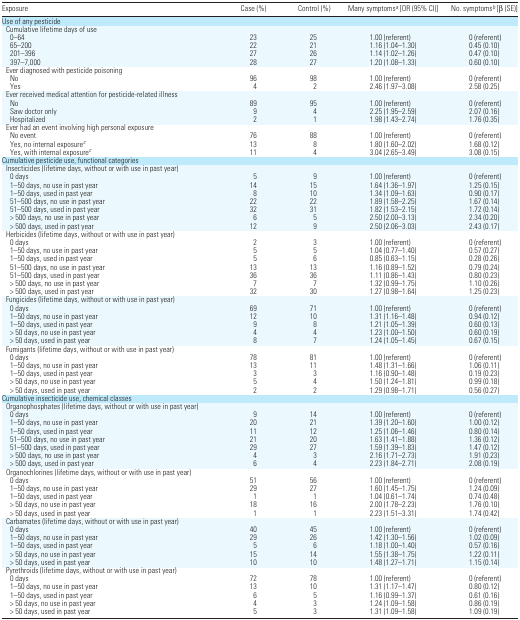
<table><thead><tr><td><b>Exposure</b></td><td><b>Case (%)</b></td><td><b>Control (%)</b></td><td><b>Many symptoms<i><sup>a</sup></i> [OR (95% CI)]</b></td><td><b>No. symptoms<i><sup>b</sup></i> [β(SE)]</b></td></tr></thead><tbody><tr><td colspan="5">Use of any pesticide</td></tr><tr><td colspan="5"> Cumulative lifetime days of use</td></tr><tr><td>0–64</td><td>23</td><td>25</td><td>1.00 (referent)</td><td>0 (referent)</td></tr><tr><td>65–200</td><td>22</td><td>21</td><td>1.16 (1.04–1.30)</td><td>0.45 (0.10)</td></tr><tr><td>201–396</td><td>27</td><td>26</td><td>1.14 (1.02–1.26)</td><td>0.47 (0.10)</td></tr><tr><td>397–7,000</td><td>28</td><td>27</td><td>1.20 (1.08–1.33)</td><td>0.60 (0.10)</td></tr><tr><td colspan="5"> Ever diagnosed with pesticide poisoning</td></tr><tr><td>No</td><td>96</td><td>98</td><td>1.00 (referent)</td><td>0 (referent)</td></tr><tr><td>Yes</td><td>4</td><td>2</td><td>2.46 (1.97–3.08)</td><td>2.58 (0.25)</td></tr><tr><td colspan="5"> Ever received medical attention for pesticide-related illness</td></tr><tr><td>No</td><td>89</td><td>95</td><td>1.00 (referent)</td><td>0 (referent)</td></tr><tr><td>Saw doctor only</td><td>9</td><td>4</td><td>2.25 (1.95–2.59)</td><td>2.07 (0.16)</td></tr><tr><td>Hospitalized</td><td>2</td><td>1</td><td>1.98 (1.43–2.74)</td><td>1.76 (0.35)</td></tr><tr><td colspan="5"> Ever had an event involving high personal exposure</td></tr><tr><td>No event</td><td>76</td><td>88</td><td>1.00 (referent)</td><td>0 (referent)</td></tr><tr><td>Yes, no internal exposure<i><sup>c</sup></i></td><td>13</td><td>8</td><td>1.80 (1.60–2.02)</td><td>1.68 (0.12)</td></tr><tr><td>Yes, with internal exposure<i><sup>c</sup></i></td><td>11</td><td>4</td><td>3.04 (2.65–3.49)</td><td>3.08 (0.15)</td></tr><tr><td colspan="5">Cumulative pesticide use, functional categories</td></tr><tr><td colspan="5"> Insecticides (lifetime days, without or with use in past year)</td></tr><tr><td>0 days</td><td>5</td><td>9</td><td>1.00 (referent)</td><td>0 (referent)</td></tr><tr><td>1–50 days, no use in past year</td><td>14</td><td>15</td><td>1.64 (1.36–1.97)</td><td>1.25 (0.15)</td></tr><tr><td>1–50 days, used in past year</td><td>8</td><td>10</td><td>1.34 (1.09–1.63)</td><td>0.90 (0.17)</td></tr><tr><td>51–500 days, no use in past year</td><td>22</td><td>22</td><td>1.89 (1.58–2.25)</td><td>1.67 (0.14)</td></tr><tr><td>51–500 days, used in past year</td><td>32</td><td>31</td><td>1.82 (1.53–2.15)</td><td>1.72 (0.14)</td></tr><tr><td>&gt; 500 days, no use in past year</td><td>6</td><td>5</td><td>2.50 (2.00–3.13)</td><td>2.34 (0.20)</td></tr><tr><td>&gt; 500 days, used in past year</td><td>12</td><td>9</td><td>2.50 (2.06–3.03)</td><td>2.43 (0.17)</td></tr><tr><td colspan="5"> Herbicides (lifetime days, without or with use in past year)</td></tr><tr><td>0 days</td><td>2</td><td>3</td><td>1.00 (referent)</td><td>0 (referent)</td></tr><tr><td>1–50 days, no use in past year</td><td>5</td><td>5</td><td>1.04 (0.77–1.40)</td><td>0.57 (0.27)</td></tr><tr><td>1–50 days, used in past year</td><td>5</td><td>6</td><td>0.85 (0.63–1.15)</td><td>0.28 (0.26)</td></tr><tr><td>51–500 days, no use in past year</td><td>13</td><td>13</td><td>1.16 (0.89–1.52)</td><td>0.79 (0.24)</td></tr><tr><td>51–500 days, used in past year</td><td>36</td><td>36</td><td>1.11 (0.86–1.43)</td><td>0.80 (0.23)</td></tr><tr><td>&gt; 500 days, no use in past year</td><td>7</td><td>7</td><td>1.32 (0.99–1.75)</td><td>1.10 (0.26)</td></tr><tr><td>&gt; 500 days, used in past year</td><td>32</td><td>30</td><td>1.27 (0.98–1.64)</td><td>1.25 (0.23)</td></tr><tr><td colspan="5"> Fungicides (lifetime days, without or with use in past year)</td></tr><tr><td>0 days</td><td>69</td><td>71</td><td>1.00 (referent)</td><td>0 (referent)</td></tr><tr><td>1–50 days, no use in past year</td><td>12</td><td>10</td><td>1.31 (1.16–1.48)</td><td>0.94 (0.12)</td></tr><tr><td>1–50 days, used in past year</td><td>9</td><td>8</td><td>1.21 (1.05–1.39)</td><td>0.60 (0.13)</td></tr><tr><td>&gt; 50 days, no use in past year</td><td>4</td><td>4</td><td>1.23 (1.00–1.50)</td><td>0.60 (0.19)</td></tr><tr><td>&gt; 50 days, used in past year</td><td>8</td><td>7</td><td>1.24 (1.05–1.45)</td><td>0.67 (0.15)</td></tr><tr><td colspan="5"> Fumigants (lifetime days, without or with use in past year)</td></tr><tr><td>0 days</td><td>78</td><td>81</td><td>1.00 (referent)</td><td>0 (referent)</td></tr><tr><td>1–50 days, no use in past year</td><td>13</td><td>11</td><td>1.48 (1.31–1.66)</td><td>1.06 (0.11)</td></tr><tr><td>1–50 days, used in past year</td><td>3</td><td>3</td><td>1.16 (0.90–1.48)</td><td>0.19 (0.23)</td></tr><tr><td>&gt; 50 days, no use in past year</td><td>5</td><td>4</td><td>1.50 (1.24–1.81)</td><td>0.99 (0.18)</td></tr><tr><td>&gt; 50 days, used in past year</td><td>2</td><td>2</td><td>1.29 (0.98–1.71)</td><td>0.56 (0.27)</td></tr><tr><td colspan="5">Cumulative insecticide use, chemical classes</td></tr><tr><td colspan="5"> Organophosphates (lifetime days, without or with use in past year)</td></tr><tr><td>0 days</td><td>9</td><td>14</td><td>1.00 (referent)</td><td>0 (referent)</td></tr><tr><td>1–50 days, no use in past year</td><td>20</td><td>21</td><td>1.39 (1.20–1.60)</td><td>1.00 (0.12)</td></tr><tr><td>1–50 days, used in past year</td><td>11</td><td>12</td><td>1.25 (1.06–1.46)</td><td>0.80 (0.14)</td></tr><tr><td>51–500 days, no use in past year</td><td>21</td><td>20</td><td>1.63 (1.41–1.88)</td><td>1.36 (0.12)</td></tr><tr><td>51–500 days, used in past year</td><td>29</td><td>27</td><td>1.59 (1.39–1.83)</td><td>1.47 (0.12)</td></tr><tr><td>&gt; 500 days, no use in past year</td><td>4</td><td>3</td><td>2.16 (1.71–2.73)</td><td>1.91 (0.23)</td></tr><tr><td>&gt; 500 days, used in past year</td><td>6</td><td>4</td><td>2.23 (1.84–2.71)</td><td>2.08 (0.19)</td></tr><tr><td colspan="5"> Organochlorines (lifetime days, without or with use in past year)</td></tr><tr><td>0 days</td><td>51</td><td>56</td><td>1.00 (referent)</td><td>0 (referent)</td></tr><tr><td>1–50 days, no use in past year</td><td>29</td><td>27</td><td>1.60 (1.45–1.75)</td><td>1.24 (0.09)</td></tr><tr><td>1–50 days, used in past year</td><td>1</td><td>1</td><td>1.04 (0.61–1.74)</td><td>0.74 (0.48)</td></tr><tr><td>&gt; 50 days, no use in past year</td><td>18</td><td>16</td><td>2.00 (1.78–2.23)</td><td>1.76 (0.10)</td></tr><tr><td>&gt; 50 days, used in past year</td><td>1</td><td>1</td><td>2.23 (1.51–3.31)</td><td>1.74 (0.42)</td></tr><tr><td colspan="5"> Carbamates (lifetime days, without or with use in past year)</td></tr><tr><td>0 days</td><td>40</td><td>45</td><td>1.00 (referent)</td><td>0 (referent)</td></tr><tr><td>1–50 days, no use in past year</td><td>29</td><td>26</td><td>1.42 (1.30–1.56)</td><td>1.02 (0.09)</td></tr><tr><td>1–50 days, used in past year</td><td>5</td><td>6</td><td>1.18 (1.00–1.40)</td><td>0.57 (0.16)</td></tr><tr><td>&gt; 50 days, no use in past year</td><td>15</td><td>14</td><td>1.55 (1.38–1.75)</td><td>1.22 (0.11)</td></tr><tr><td>&gt; 50 days, used in past year</td><td>10</td><td>10</td><td>1.48 (1.27–1.71)</td><td>1.15 (0.14)</td></tr><tr><td colspan="5"> Pyrethroids (lifetime days, without or with use in past year)</td></tr><tr><td>0 days</td><td>72</td><td>78</td><td>1.00 (referent)</td><td>0 (referent)</td></tr><tr><td>1–50 days, no use in past year</td><td>13</td><td>10</td><td>1.31 (1.17–1.47)</td><td>0.80 (0.12)</td></tr><tr><td>1–50 days, used in past year</td><td>6</td><td>5</td><td>1.16 (0.99–1.37)</td><td>0.61 (0.16)</td></tr><tr><td>&gt; 50 days, no use in past year</td><td>4</td><td>3</td><td>1.24 (1.09–1.58)</td><td>0.86 (0.19)</td></tr><tr><td>&gt; 50 days, used in past year</td><td>5</td><td>3</td><td>1.31 (1.09–1.58)</td><td>1.09 (0.19)</td></tr></tbody></table>